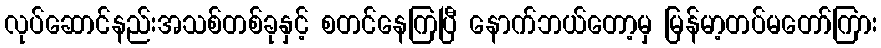
လုပ်ဆောင်နည်းအသစ်တစ်ခုနှင့် စတင်နေကြပြီ နောက်ဘယ်တော့မှ မြန်မာ့တပ်မတော်ကြား